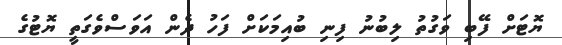
ޔޮޓަށް ފޭބި ވަގުތު ލިބުނު ފިނި ބުއިމަކަށް ފަހު ދެން އަވަސްވެގަތީ ޔޮޓުގެ